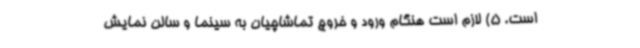
است. 5) لازم است هنگام ورود و خروج تماشاچیان به سینما و سالن نمایش